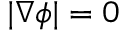
| \nabla \phi | = 0